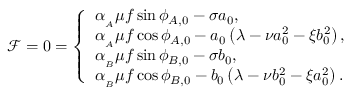
\mathcal { F } = 0 = \left\{ \begin{array} { l l } { \alpha _ { _ A } \mu f \sin { \phi _ { A , 0 } } - \sigma a _ { 0 } , } \\ { \alpha _ { _ A } \mu f \cos { \phi _ { A , 0 } } - a _ { 0 } \left( \lambda - \nu a _ { 0 } ^ { 2 } - \xi b _ { 0 } ^ { 2 } \right) , } \\ { \alpha _ { _ B } \mu f \sin { \phi _ { B , 0 } } - \sigma b _ { 0 } , } \\ { \alpha _ { _ B } \mu f \cos { \phi _ { B , 0 } } - b _ { 0 } \left( \lambda - \nu b _ { 0 } ^ { 2 } - \xi a _ { 0 } ^ { 2 } \right) . } \end{array} \right.